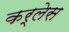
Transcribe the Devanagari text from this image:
कर्लेस